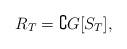
LaTeX: \begin{align*}R_T = \complement{G[S_T]},\end{align*}